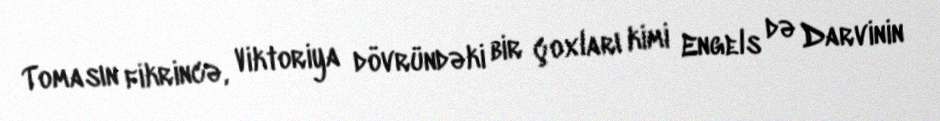
Tomasın fikrincə, Viktoriya dövründəki bir çoxları kimi Engels də Darvinin